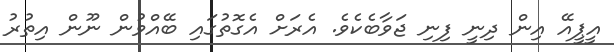
އީޕީއޭ އިން ދިނީ ފިނި ޖަވާބެކެވެ. އެރަށް އެގޮތުގައި ބޭއްވުން ނޫން އިތުރު